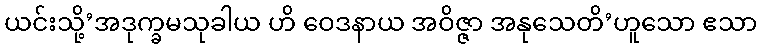
ယင်းသို့’အဒုက္ခမသုခါယ ဟိ ဝေဒနာယ အဝိဇ္ဇာ အနုသေတိ’ဟူသော ဧသာ